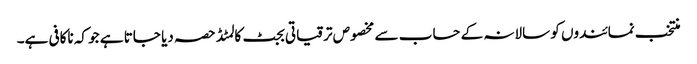
منتخب نمائندوں کو سالانہ کے حساب سے مخصوص ترقیاتی بجٹ کا لمٹڈ حصہ دیا جاتا ہے جو کہ ناکافی ہے۔